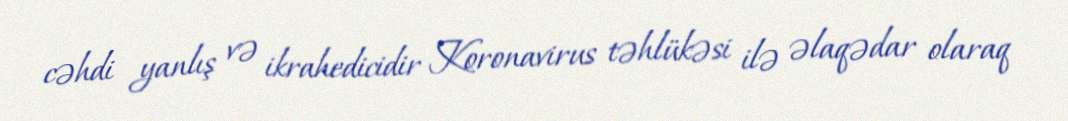
cəhdi yanlış və ikrahedicidir Koronavirus təhlükəsi ilə əlaqədar olaraq